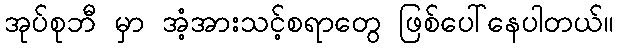
အုပ်စုဘီ မှာ အံ့အားသင့်စရာတွေ ဖြစ်ပေါ်နေပါတယ်။